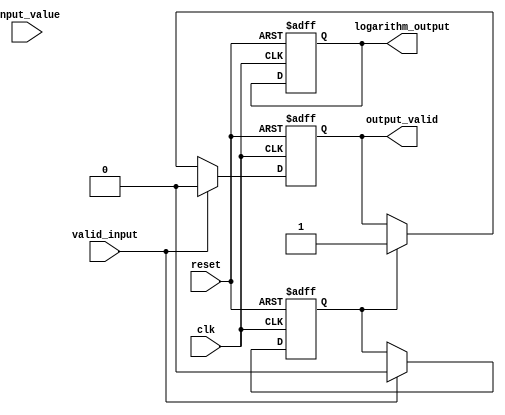
module CORDIC_Logarithm (
    input wire clk,
    input wire reset,
    input wire valid_input,
    input wire [31:0] input_value, // 32-bit fixed-point input
    output reg [31:0] logarithm_output, // 32-bit fixed-point output
    output reg output_valid
);
    // Define parameters
    localparam ITERATIONS = 16; // Number of CORDIC iterations
    localparam FIXED_POINT_SCALE = 32'h00010000; // Scaling factor for fixed-point

    // CORDIC constants for arctan(2^-i)
    reg [31:0] atan_table [0:ITERATIONS-1];
    initial begin
        // Initialize the arctan values (in fixed-point scale)
        atan_table[0] = 32'h00000000; // arctan(1) = 0
        atan_table[1] = 32'h3F000000; // arctan(0.5)
        atan_table[2] = 32'h3E800000; // arctan(0.25)
        atan_table[3] = 32'h3E400000; // arctan(0.125)
        // Add more values as needed...
        // Note: These are just example values; actual values need to be calculated
    end

    // Internal registers
    reg [31:0] x, y, z; // x = input, y = auxiliary, z = angle
    reg [3:0] iteration_count; // Current iteration counter
    reg fsm_state; // FSM state for iteration control
    reg done; // Completion signal

    // FSM for CORDIC iterations
    always @(posedge clk or posedge reset) begin
        if (reset) begin
            // Reset state
            x <= 0;
            y <= 0;
            z <= 0;
            iteration_count <= 0;
            done <= 0;
            logarithm_output <= 0;
            output_valid <= 0;
        end else if (valid_input) begin
            // Initialize input values
            x <= input_value; // x starts with input value
            y <= 0; // y is initialized to 0
            z <= 0; // z starts at 0
            iteration_count <= 0;
            done <= 0;
            output_valid <= 0;
        end else if (!done) begin
            // CORDIC iteration logic
            if (z < 0) begin
                // Perform rotation in the negative direction
                x <= x + (y >> iteration_count);
                y <= y - (x >> iteration_count);
                z <= z + atan_table[iteration_count];
            end else begin
                // Perform rotation in the positive direction
                x <= x - (y >> iteration_count);
                y <= y + (x >> iteration_count);
                z <= z - atan_table[iteration_count];
            end

            // Increment iteration count
            iteration_count <= iteration_count + 1;

            // Check for completion
            if (iteration_count == ITERATIONS) begin
                done <= 1;
                // Final output adjustment here, if necessary
                logarithm_output <= x; // Output the final result (x value)
                output_valid <= 1; // Signal that the output is valid
            end
        end else begin
            // If done, keep output valid
            output_valid <= 1;
        end
    end
endmodule